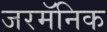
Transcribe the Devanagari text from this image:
जरमॅनिक